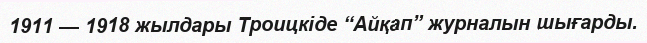
1911 — 1918 жылдары Троицкіде “Айқап” журналын шығарды.